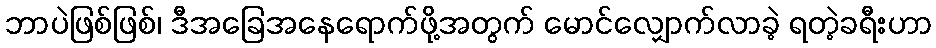
ဘာပဲဖြစ်ဖြစ်၊ ဒီအခြေအနေရောက်ဖို့အတွက် မောင်လျှောက်လာခဲ့ ရတဲ့ခရီးဟာ